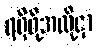
ရရှိဖို့အလို့ငှာ